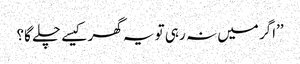
’’اگر میں نہ رہی تو یہ گھر کیسے چلے گا؟